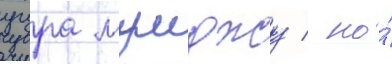
угура мумджу / но́